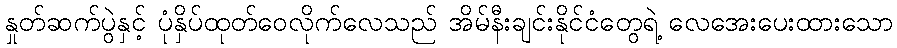
နှုတ်ဆက်ပွဲနှင့် ပုံနှိပ်ထုတ်ဝေလိုက်လေသည် အိမ်နီးချင်းနိုင်ငံတွေရဲ့ လေအေးပေးထားသော